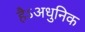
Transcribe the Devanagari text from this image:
हैऽअधुनिक